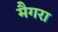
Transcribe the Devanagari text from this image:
मैगरा